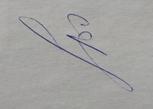
Signature authenticity: genuine